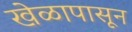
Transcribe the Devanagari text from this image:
खेळापासून